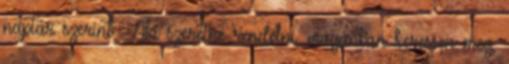
naptár szerint . Aki szeretne rendelni, magánban keressen meg,